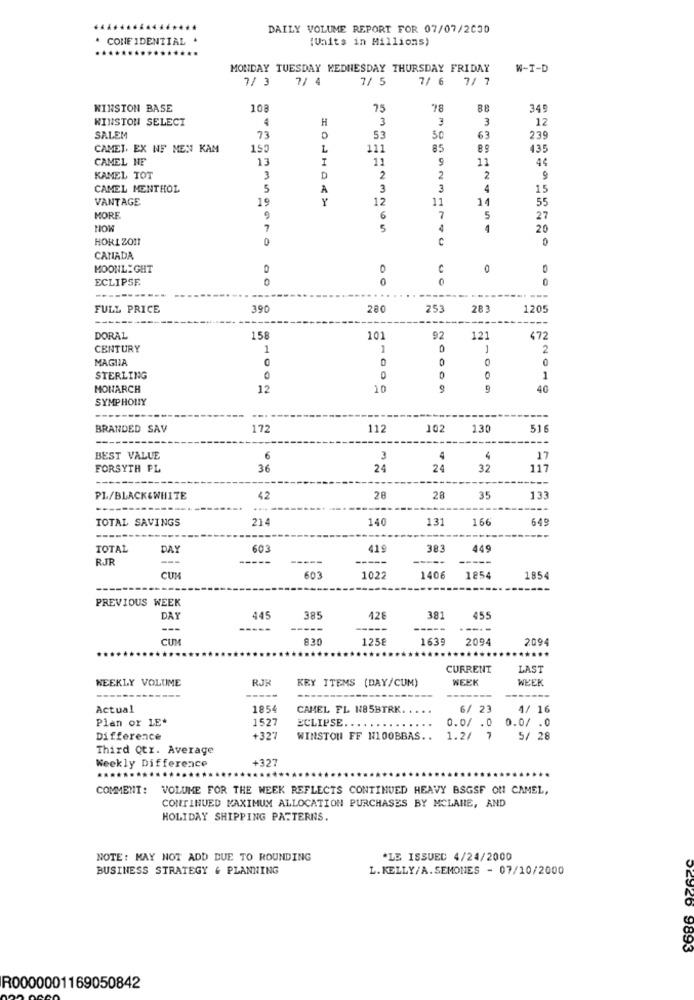
DAILY VOLUME REPORT FOR 07/07/2000
. CONFIDENTIAL .
(Units in Millions)
MONDAY TUESDAY KEDNESDAY THURSDAY FRIDAY
W-T-D
7/ 3
7/ 4
7/ 5
7/ 6 7/ 7
WINSTON BASE
108
75
78
88
345
WINSTON SELECT
4
H
3
3
3
12
SALEM
73
53
50
63
239
CAMET. EX NF MEN KAM
150
L
111
5
8
435
CAMEL HE
13
11
11
44
KAMEL TOT
3
D
2
2
2
9
CAMEL MENTHOL
5
A
3
3
4
15
VANTAGE
19
Y
12
11
14
55
MORE
9
6
7
5
27
7
5
20
HORIZON
C
CANADA
MOONLIGHT
C
0
ECLIPSE
0
0
0
-----
FULL PRICE
390
280
253
281
1205
DORAL
158
101
92
121
472
CENTURY
1
1
-
2
MAGIA
0
0
STERLING
0
1
MONARCH
12
10
9
9
40
SYMPHONY
--.
BRANDED SAV
172
112
102
130
516
BEST VALUE
6
3
4
4
17
FORSYTH PL
36
24
24
32
117
PL/BLACK&WHITE
42
28
28
35
133
---
TOTAL SAVINGS
214
140
131
16€
649
TOTAL
DAY
603
419
383
449
RJF
-----
-----
-----
CUM
603
1022
1406
1854
1854
PREVIOUS WEEK
DAY
445
385
128
381
455
---
-----
--
-----
----
CUM
830
1258
1639
2094
2094
CURRENT
LAST
WEEKLY VOLUME
RJH
KEY ITEMS (DAY/CUM)
WEEK
WEEK
---
Actual
1854
CAMEL FL N85BTRK
6/ 23
4/ 16
Plan or LE*
1527
ECLIPSE.
0.0/ .0 0.0/ .0
Difference
+327
WINSTON FF N100BBAS ..
1.2/
7
5/ 28
Third Qtr. Average
Weekly Difference
+327
COMMENT: VOLUME FOR THE WEEK REFLECTS CONTINUED HEAVY BSGSF ON CAMEL,
CONTINUED MAXIMUM ALLOCATION PURCHASES BY MCLANE, AND
HOLIDAY SHIPPING PATTERNS.
NOTE: MAY NOT ADD DUE TO ROUNDING
*LE ISSUED 4/24/2000
BUSINESS STRATEGY & PLANNING
L. KELLY/A.SEMONES - 07/10/2000
52926 9893
R0000001169050842